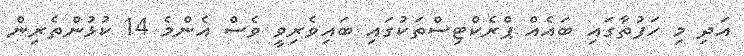
އަދި މި ހަފުތާގައި ބައެއް ޕްރެކްޓިސްތަކުގައި ބައިވެރިވީ ވެސް އެންމެ 14 ކުޅުންތެރިން